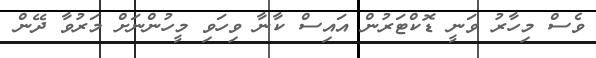
ވެސް މިހާރު ވަނީ ޑޮކްޓަރުން އައިސް ކާނާ ވިހަވި މީހުންނަށް މަރުވާ ދޭން